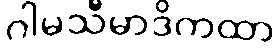
ဂါမသီမာဒိကထာ